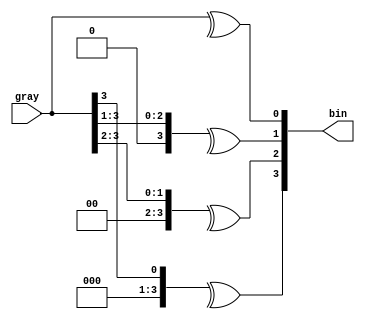
/*
bin[0]= gray[3] ^ gray[2] ^ gray[1] ^ gray[0] ; // gray>>0
bin[1] = 1'b0 ^ gray[3] ^ gray[2] ^ gray[1] ; // gray>>1
bin[2] = 1'b0 ^ 1'b0 ^ gray[3] ^ gray[2] ; // gray>>2
bin[3] = 1'b0 ^ 1'b0 ^ 1'b0 ^ gray[3] ; // gray>>3

bin	gary
0	0
1	1
2	3
3	2
4	6
5	7
6	5
7	4
8	c
9	d
a	f
b	e
c	a
d	b
e	9
f	8


(gray >> i) 0
^(gray >> i) 

*/

module gray2bin (bin, gray);
	parameter SIZE = 4;
	output [SIZE-1:0] bin;
	input [SIZE-1:0] gray;
	reg [SIZE-1:0] bin;
	integer i;
always @(gray)
	for (i=0; i<SIZE; i=i+1)
		bin[i] = ^(gray>>i);
endmodule